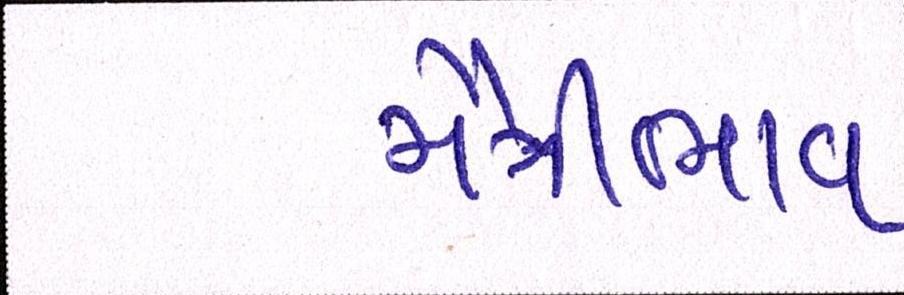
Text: મૈત્રીભાવ